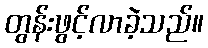
တွန်းဖွင့်လာခဲ့သည်။